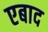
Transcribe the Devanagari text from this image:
एबाद